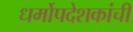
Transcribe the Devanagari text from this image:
धर्मोपदेशकांची